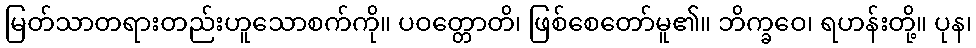
မြတ်သာတရားတည်းဟူသောစက်ကို။ ပဝတ္တောတိ၊ ဖြစ်စေတော်မူ၏။ ဘိက္ခဝေ၊ ရဟန်းတို့။ ပုန၊